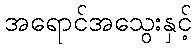
အရောင်အသွေးနှင့်